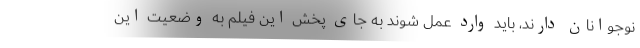
نوجوانان دارند، باید وارد عمل شوند به جای پخش این فیلم به وضعیت این